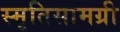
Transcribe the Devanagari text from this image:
स्मृतिसामग्री